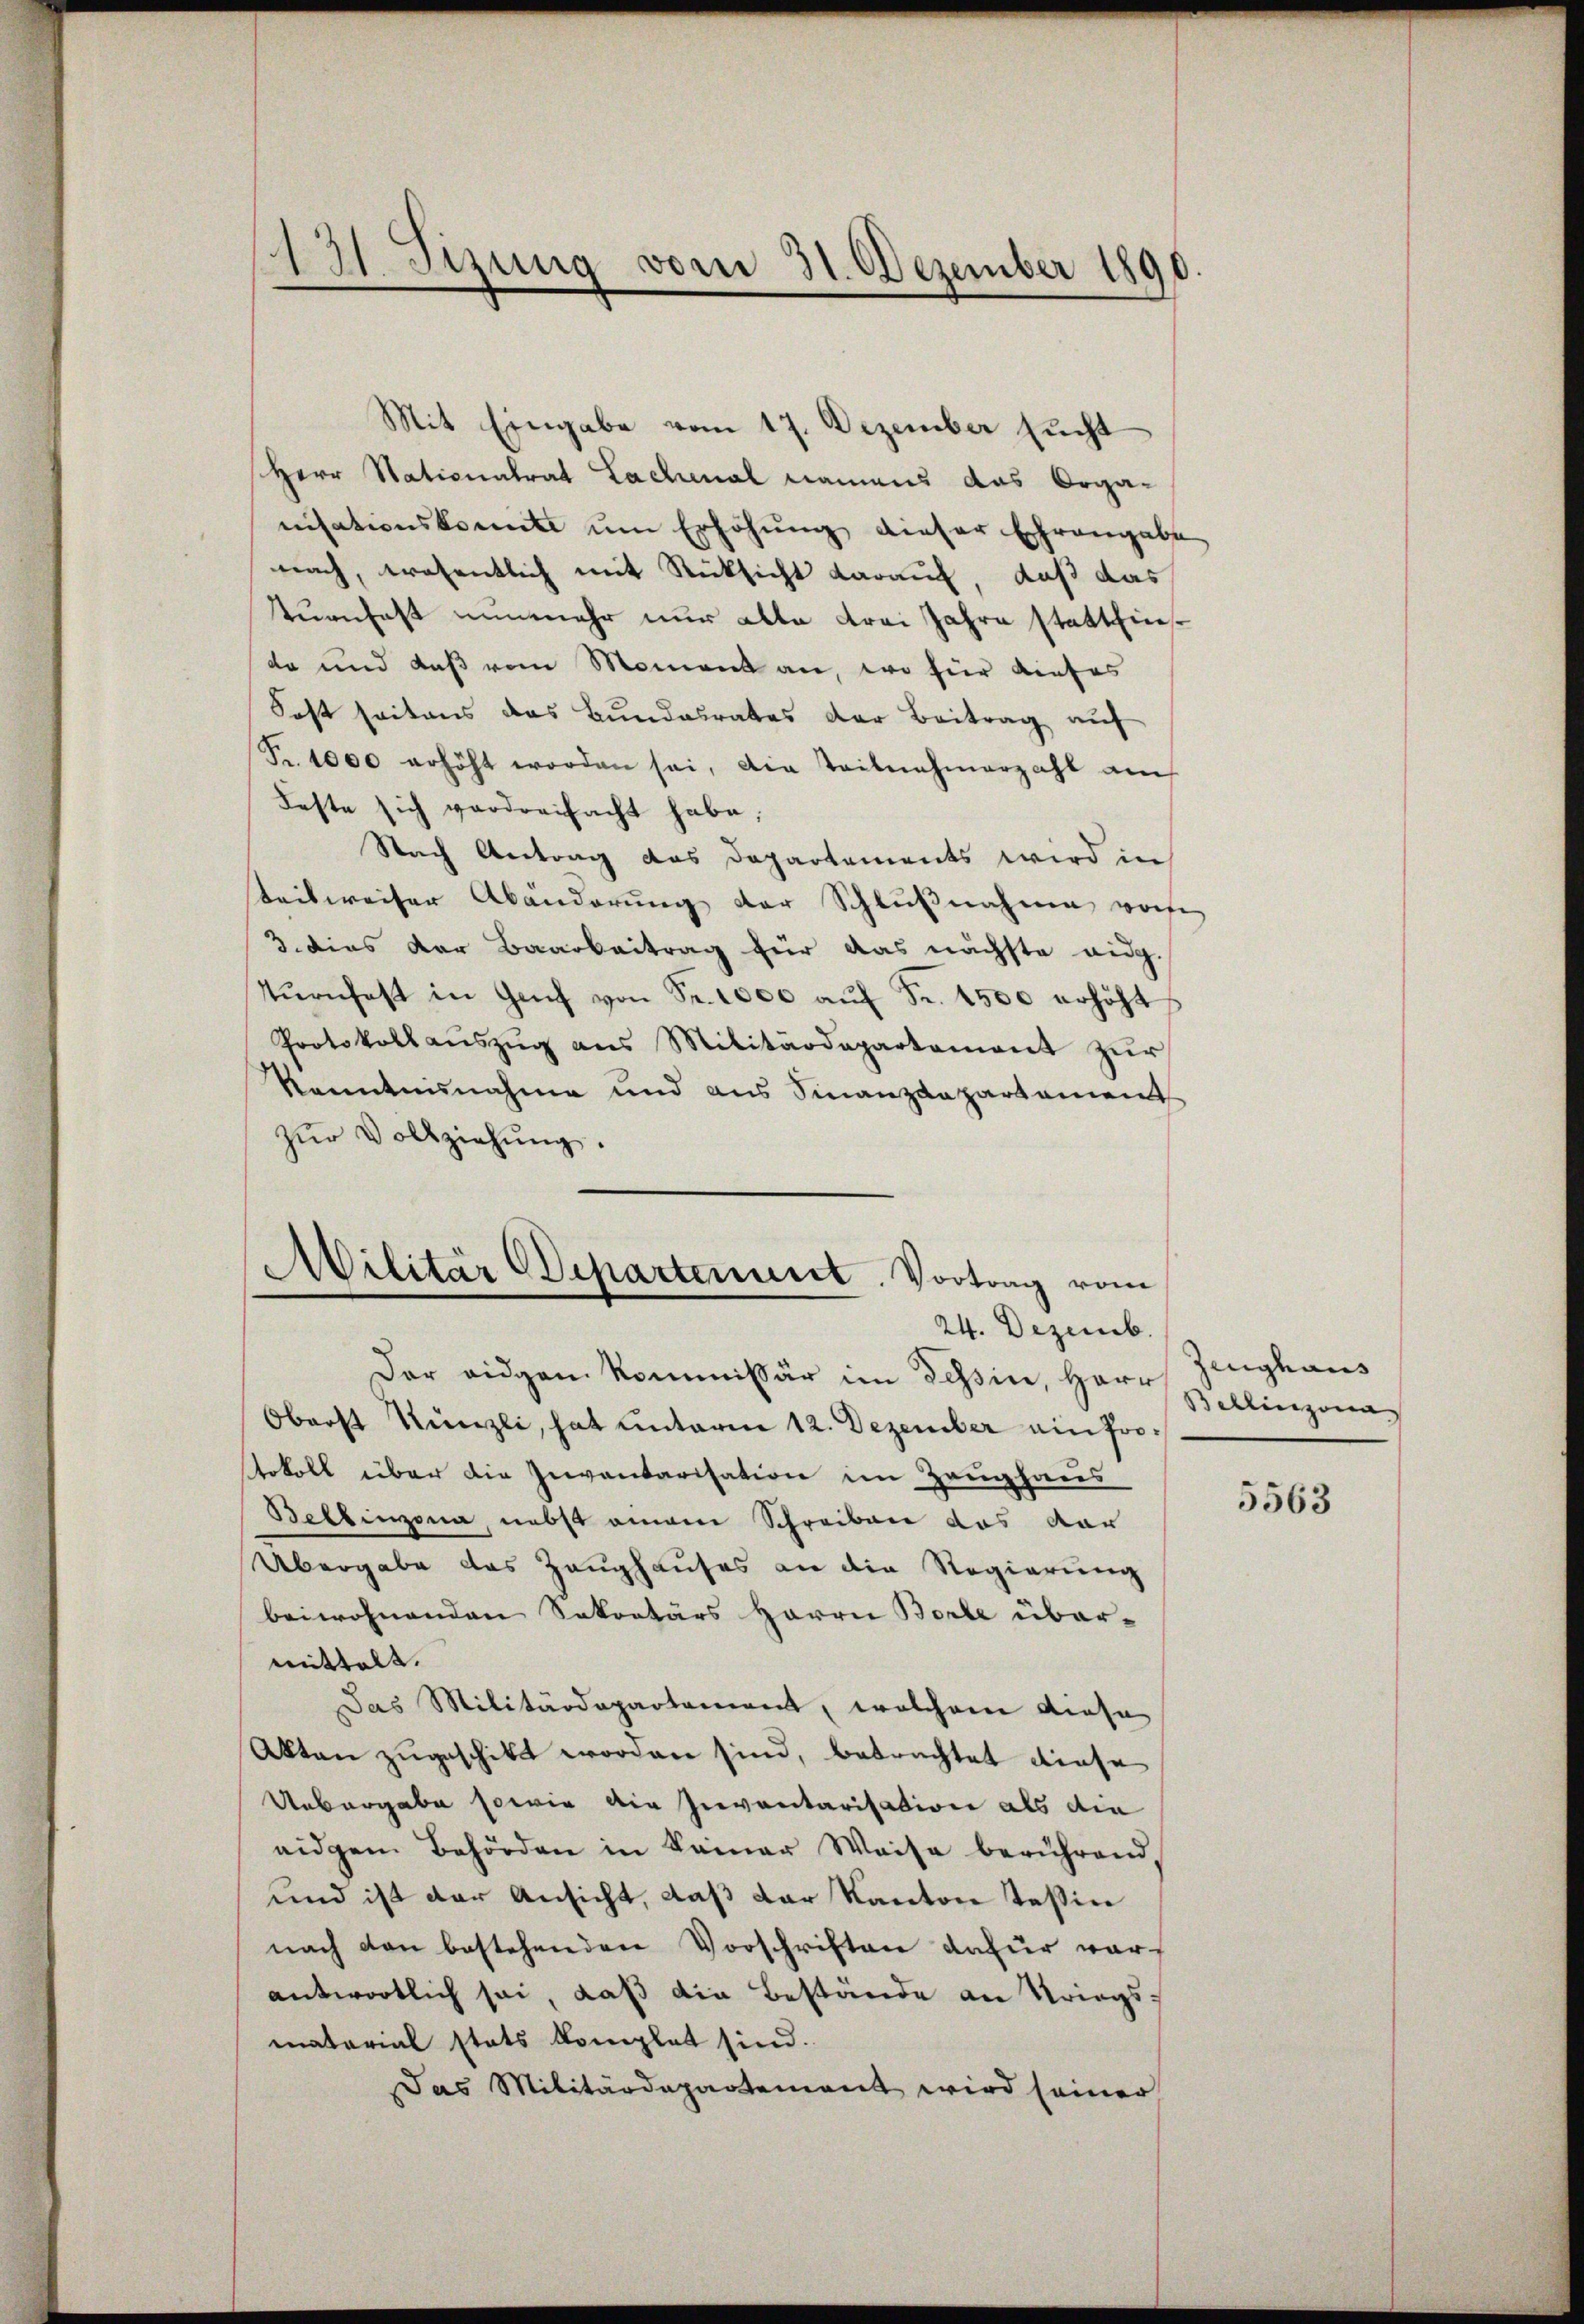
13 Tizung vom 31. Dezember 1890

Herr Stationalrat Lachmal namens das Organisationskomite um Erhöhung dieser Ehrengabe
nach, wesentlich mit Rücksicht darauf, daß das
turnhaft nunmehr nur alle drei Jahre stattfinda und daß vom Moment an, wo für dieses
Sost seitens das Bundesrates der Beitrag auf
Fr. 1000 erhöht worden sei, die Teilnahmerzahl auch
Feste sich verdreifacht habe;
Nach Antrag das Departements wird in
teilweiser Abänderung der Schlußnahme vorhe
3. Dies der Baarbeitrag für das nächste eidg.
tŭrnfest in Genf von Fr. 1000 aŭf Fr. 1500 erhöht
Protokoll aŭszŭg ans Militärdepartement zŭr
kanntennahme und aus Finanzdepartament
zŭr Vollziehŭng.

Mit Eingabe vom 17. Dezember sucht

Militär Departement. Vortrag vom
24. Dezemb.
Der eidgen Kommissär im Tessin, Herr

Oberst Künzli, hat unterm 12. Dezember ain Protokoll über die Inventarisation im Zeughaus
Bellinzona, nebst einen Schreiben das dar
Übergabe das Zeughauses an die Regierung
beiwohnenden Sekretärs Herrn Borte übermittelt.
Das Militärdepartement, welchem diese
Akten zugeschikt worden sind, betrachtet diese
Uebergabe sowie die Inventarisation als die
eidgem Behörden in keiner Weise berührend,
und ist der Ansicht, daß der Kanton Teßin
nach den bestehenden Vorschriften dafür vorantwortlich sei, daß die Bestände an Kriegsmatorial stets komplet sind.
Das Militärdepartement wird seiner

Zeughaus
Bellinzona

5563